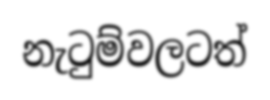
නැටුම්වලටත්